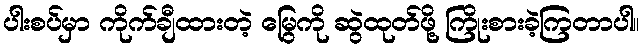
ပါးစပ်မှာ ကိုက်ချီထားတဲ့ မြွေကို ဆွဲထုတ်ဖို့ ကြိုးစားခဲ့ကြတာပါ။